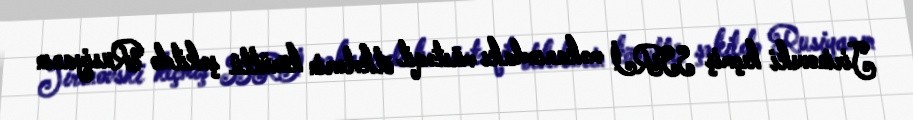
Jirinovski keçmiş SSRİ məkanındakı müstəqil ölkələrin könüllü şəkildə Rusiyanın